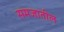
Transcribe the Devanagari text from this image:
समजातील